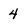
Character: 4